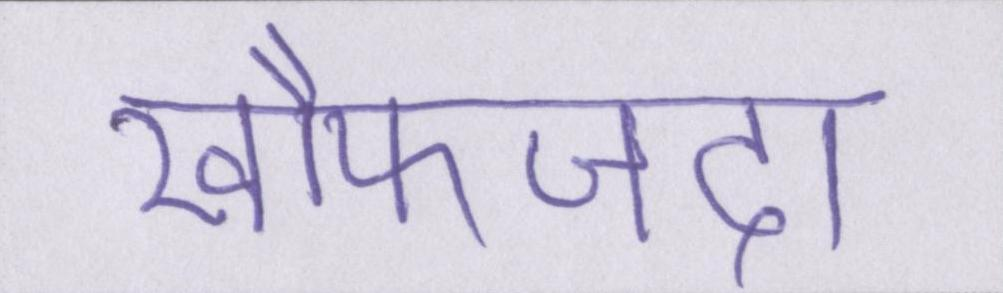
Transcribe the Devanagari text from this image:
खौफजदा